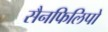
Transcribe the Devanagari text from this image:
सैनफिलिपो